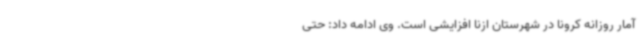
آمار روزانه کرونا در شهرستان ازنا افزایشی است. وی ادامه داد: حتی